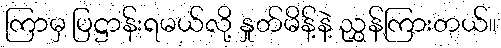
ကြာမှ ပြဋ္ဌာန်းရမယ်လို့ နှုတ်မိန့်နဲ့ ညွှန်ကြားတယ်။